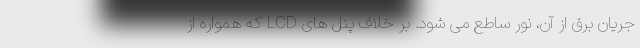
جریان برق از آن، نور ساطع می شود. بر خلاف پنل های LCD که همواره از